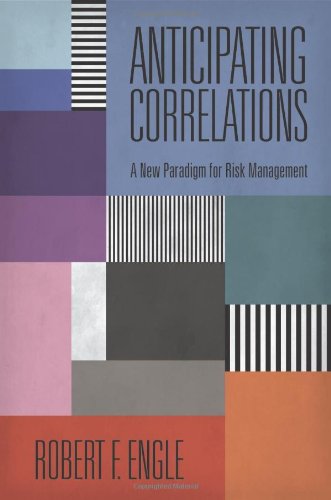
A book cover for Anticipating Correlations: A New Paradigm for Risk Management (The Econometric and Tinbergen Institutes Lectures); Robert Engle; Business & Money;